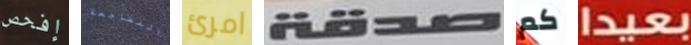
إفحص المضاجعة امرئ صدقة كم بعيدا